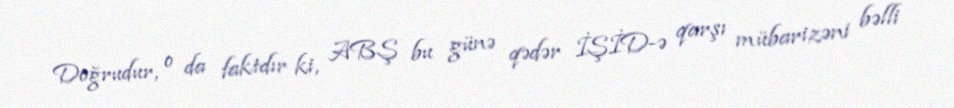
Doğrudur, o da faktdır ki, ABŞ bu günə qədər İŞİD-ə qarşı mübarizəni bəlli